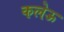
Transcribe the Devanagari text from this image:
कलेऊ